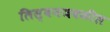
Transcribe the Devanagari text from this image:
लिस्बनजवळील